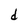
Character: d